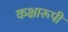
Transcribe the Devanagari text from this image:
कक्षारूपी